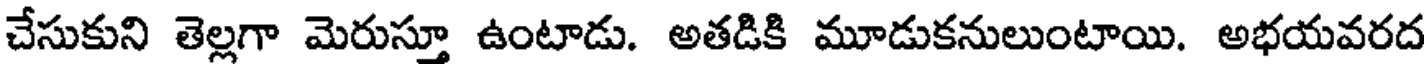
చేసుకుని తెల్లగా మెరుస్తూ ఉంటాడు. అతడికి మూడుకనులుంటాయి. అభయవరద